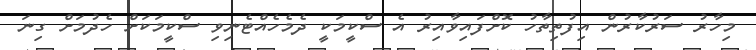
މިހާރު ސަރުކާރުން އިފުތިތާހު ކޮށްފައިވާއިރު އެ ސްކީމަކީ ދެމެހެއްޓެނިވި ސްކީމަކަށް ހެދުމަށް ގިނަ